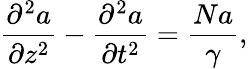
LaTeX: \frac{\partial^{2}a}{\partial z^{2}}-\frac{\partial^{2}a}{\partial t^{2}}=\frac{Na}{\gamma},